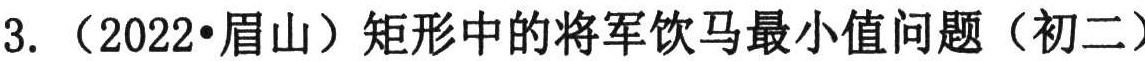
3.（2022•眉山）矩形中的将军饮马最小值问题（初二）